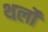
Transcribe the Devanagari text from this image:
थर्लो